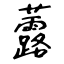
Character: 虂